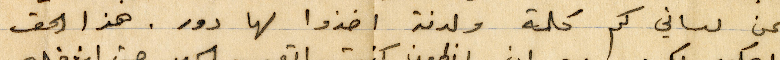
عن لساني كم كلمة ولدنة اخذوا لها دور. هذا الحق